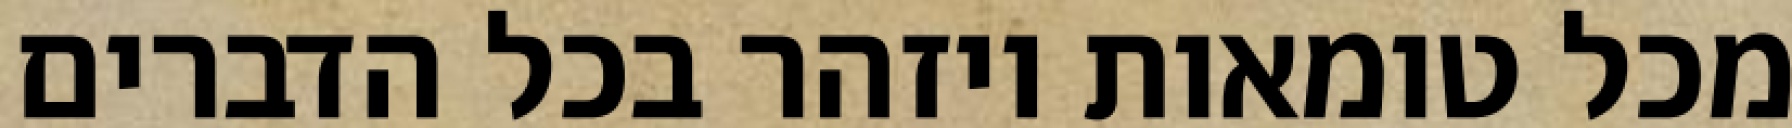
מכל טומאות ויזהר בכל הדברים